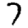
Digit: 7